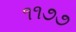
૧૧૭૭